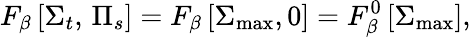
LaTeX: F_{\beta}\left[\Sigma_{t},\, \Pi_{s}\right]=F_{\beta}\left[\Sigma_{\operatorname*{max}},0\right]=F_{\beta}^{0}\left[\Sigma_{\operatorname*{max}}\right],